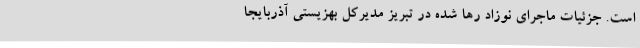
است. جزئیات ماجرای نوزاد رها شده در تبریز مدیرکل بهزیستی آذربایجا